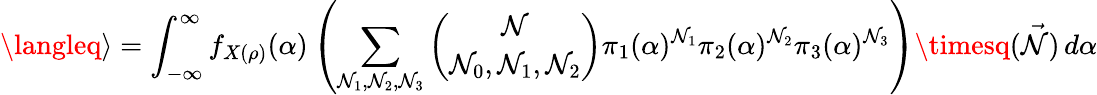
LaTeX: \langleq\rangle=\int_{-\infty}^{\infty}f_{X(\rho)}(\alpha)\left(\sum_{\mathcal{N}_{1},\mathcal{N}_{2},\mathcal{N}_{3}}\binom{\mathcal{N}}{\mathcal{N}_{0},\mathcal{N}_{1},\mathcal{N}_{2}}{\pi}_{1}(\alpha)^{\mathcal{N}_{1}}{\pi}_{2}(\alpha)^{\mathcal{N}_{2}}{\pi}_{3}(\alpha)^{\mathcal{N}_{3}}\right)\timesq(\vec{{\mathcal{N}}})\, d\alpha